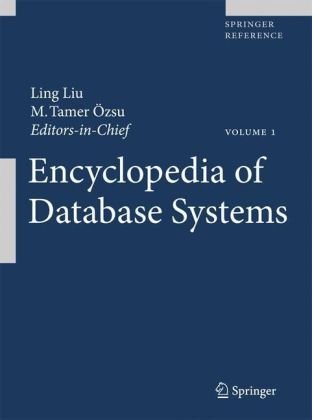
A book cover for Encyclopedia of Database Systems; Computers & Technology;